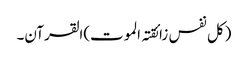
(کل نفس زائقتہ الموت)القرآن۔